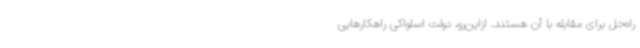
راه‌حل برای مقابله با آن هستند. ازاین‌رو، دولت اسلواکی راهکارهایی